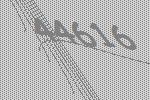
44616